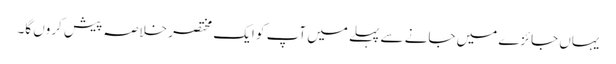
یہاں جائزے میں جانے سے پہلے میں آپ کو ایک مختصر خلاصہ پیش کروں گا۔